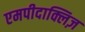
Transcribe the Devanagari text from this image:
एमपीदाक्लिज़